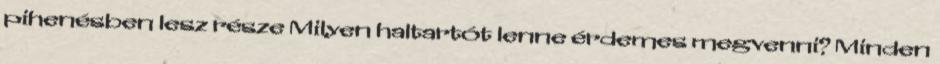
pihenésben lesz része Milyen haltartót lenne érdemes megvenni? Minden